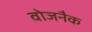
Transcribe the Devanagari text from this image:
वोजनैक